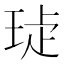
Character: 𤥩